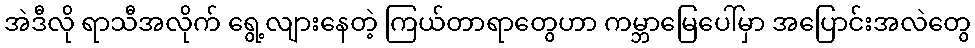
အဲဒီလို ရာသီအလိုက် ရွေ့လျားနေတဲ့ ကြယ်တာရာတွေဟာ ကမ္ဘာမြေပေါ်မှာ အပြောင်းအလဲတွေ